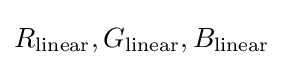
R_{\mathrm {linear} },G_{\mathrm {linear} },B_{\mathrm {linear} }